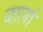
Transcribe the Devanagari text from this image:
बालां